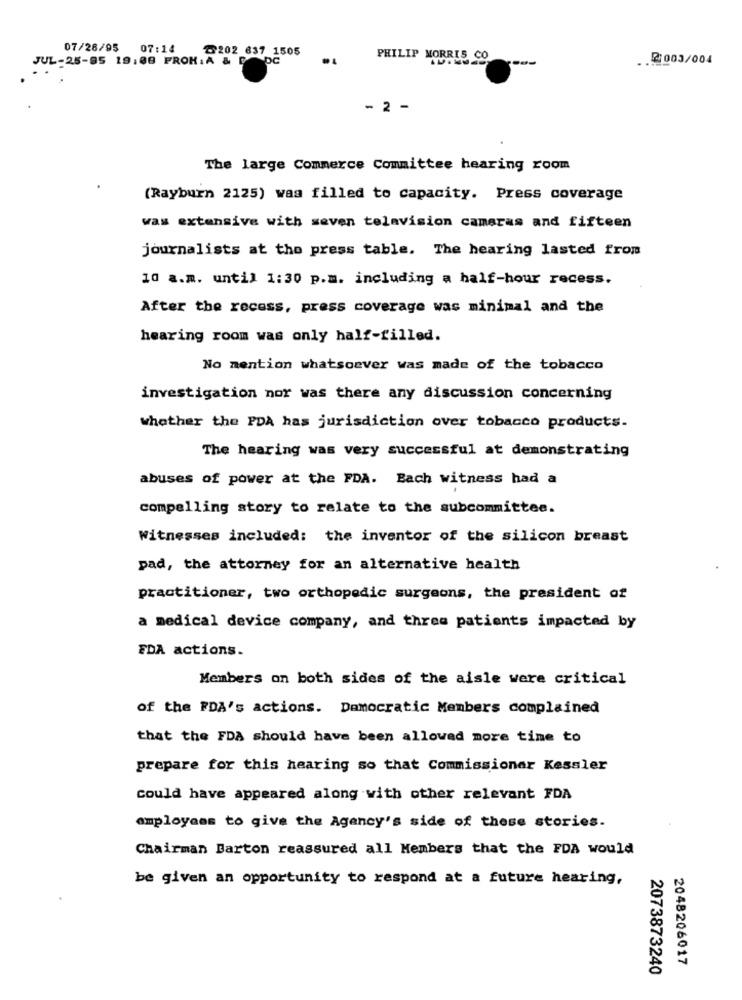
07/28/95
07:14
₸202 637 1505
JUL-25-95 19:08 PROM; A & D
PHILIP MORRIS CO
2003/004
- 2 -
The large Commerce Committee hearing room
(Rayburn 2125) was filled to capacity. Press coverage
was extensive with seven telavision cameras and fifteen
journalists at the press table. The hearing lasted from
10 a.m. until 1:30 p.m. including a half-hour recess.
After the recess, press coverage was minimal and the
hearing room was only half-filled.
No mention whatsoever was made of the tobacco
investigation nor was there any discussion concerning
whether the PDA has jurisdiction over tobacco products.
The hearing was very successful at demonstrating
abuses of power at the FDA. Bach witness had a
compelling story to relate to the subcommittee.
Witnesses included: the inventor of the silicon breast
pad, the attorney for an alternative health
practitioner, two orthopedic surgeons, the president of
a medical device company, and three patients impacted by
FDA actions.
Members on both sides of the aisle were critical
of the FDA's actions. Democratic Members complained
that the FDA should have been allowed more time to
prepare for this hearing so that Commissioner Kessler
could have appeared along with other relevant FDA
employees to give the Agency's side of these stories.
Chairman Barton reassured all Members that the FDA would
be given an opportunity to respond at a future hearing,
2048206017
2073873240